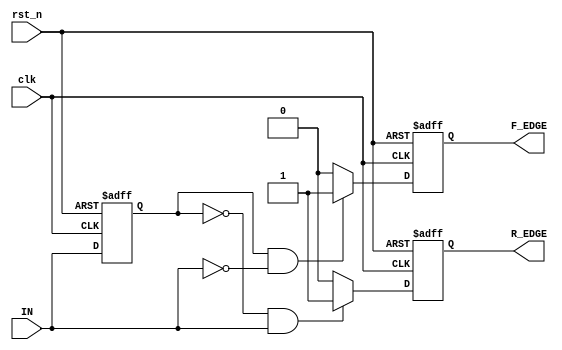
module SchmittTriggerEdgeDetector (
    input wire clk,                // Clock signal
    input wire rst_n,              // Active low reset
    input wire IN,                 // Input signal
    output reg R_EDGE,             // Rising edge output
    output reg F_EDGE              // Falling edge output
);

    // Parameters for Schmitt Trigger thresholds
    parameter LOW_THRESHOLD = 1'b0; // Define low threshold
    parameter HIGH_THRESHOLD = 1'b1; // Define high threshold

    // Memory element to store the previous state of the input
    reg previous_state;

    // Edge detection logic
    always @(posedge clk or negedge rst_n) begin
        if (!rst_n) begin
            // Reset the outputs and previous state
            R_EDGE <= 1'b0;
            F_EDGE <= 1'b0;
            previous_state <= LOW_THRESHOLD; // Initialize to low
        end else begin
            // Sample the input and detect edges
            R_EDGE <= 1'b0; // Default to low for this clock cycle
            F_EDGE <= 1'b0; // Default to low for this clock cycle
            
            // Rising edge detection
            if (previous_state == LOW_THRESHOLD && IN == HIGH_THRESHOLD) begin
                R_EDGE <= 1'b1; // Rising edge detected
            end
            
            // Falling edge detection
            if (previous_state == HIGH_THRESHOLD && IN == LOW_THRESHOLD) begin
                F_EDGE <= 1'b1; // Falling edge detected
            end
            
            // Update previous state
            previous_state <= IN; // Store the current state as previous for the next clock
        end
    end

endmodule